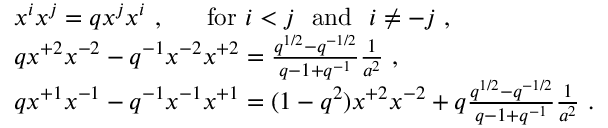
\begin{array} { l } { { x ^ { i } x ^ { j } = q x ^ { j } x ^ { i } ~ , ~ ~ ~ ~ ~ \mathrm { f o r } ~ i < j ~ ~ \mathrm { a n d } ~ ~ i \not = - j ~ , } } \\ { { q x ^ { + 2 } x ^ { - 2 } - q ^ { - 1 } x ^ { - 2 } x ^ { + 2 } = \frac { q ^ { 1 / 2 } - q ^ { - 1 / 2 } } { q - 1 + q ^ { - 1 } } \frac { 1 } { a ^ { 2 } } ~ , } } \\ { { q x ^ { + 1 } x ^ { - 1 } - q ^ { - 1 } x ^ { - 1 } x ^ { + 1 } = ( 1 - q ^ { 2 } ) x ^ { + 2 } x ^ { - 2 } + q \frac { q ^ { 1 / 2 } - q ^ { - 1 / 2 } } { q - 1 + q ^ { - 1 } } \frac { 1 } { a ^ { 2 } } ~ . } } \end{array}